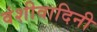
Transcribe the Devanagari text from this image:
वंशीवादिनी